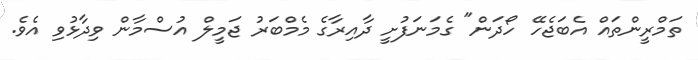
ތަމްރީންތައް އެބަޖެހޭ ހޯދަން" ގެމަނަފުށީ ދާއިރާގެ މެމްބަރު ޖަމީލް އުސްމާން ވިދާޅުވި އެވެ.